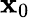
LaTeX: \mathbf{x}_{0}